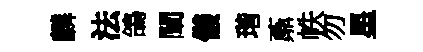
麟法鴿闡儀瑎鼒帙勿星